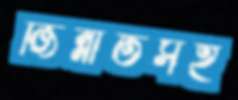
জিন্নাতসহ